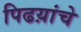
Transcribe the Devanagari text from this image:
पिढय़ांचे